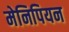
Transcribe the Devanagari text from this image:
मेनिपियन